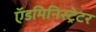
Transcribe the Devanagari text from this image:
ऍडमिनिस्ट्रेटर